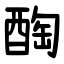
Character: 醄